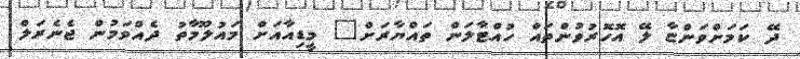
ދޭ ކަމަށްވަންޏާ ލޭ އޮހޮރުވުންތައް ހުއްޓާލަން ތައްޔާރަށް" މީޑިއާއަށް މައުލޫމާތު ދެއްވަމުން ޖެނެރަލް